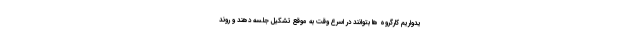
یدواریم کارگروه ها بتوانند در اسرع وقت به موقع تشکیل جلسه دهند و روند